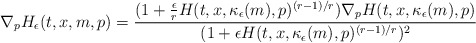
\begin{align*}\nabla_p H_\epsilon(t,x,m,p) = \frac{(1+\frac{\epsilon}{r}H(t,x,\kappa_\epsilon(m),p)^{(r-1)/r})\nabla_p H(t,x,\kappa_\epsilon(m),p)}{(1+\epsilon H(t,x,\kappa_\epsilon(m),p)^{(r-1)/r})^2}\end{align*}